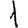
Digit: 1